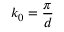
k _ { 0 } = \frac { \pi } { d }